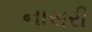
નાસરી